Indian journal of veterinary science and animal husbandry - Volume 5,
Year: 1935
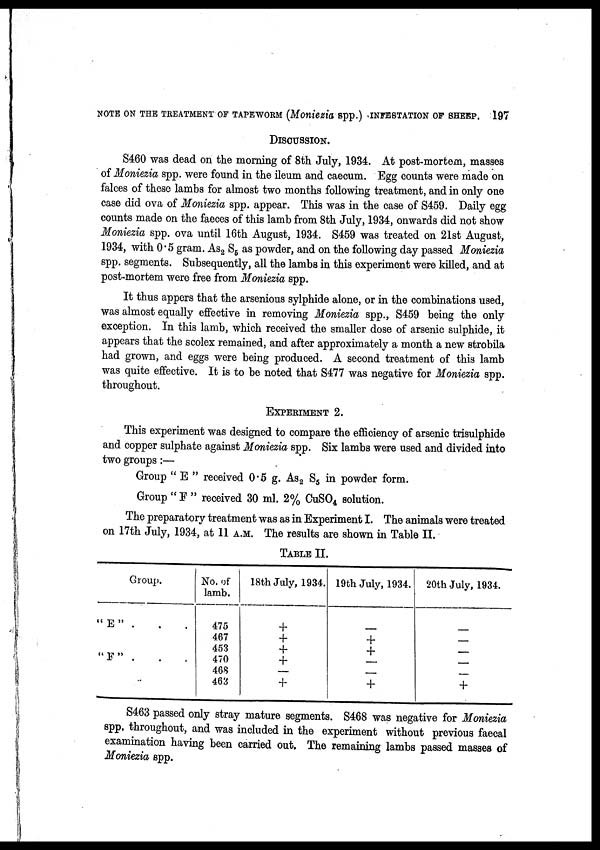
NOTE ON THE TREATMENT OF TAPEWORM (Moniezia spp.)INFESTATION OF SHEEP. 197
DISCUSSION.
S460 was dead on the morning of 8th July, 1934. At post-mortem, masses
of Moniezia spp. were found in the ileum and caecum. Egg counts were made on
falces of these lambs for almost two months following treatment, and in only one
case did ova of Moniezia spp. appear. This was in the case of S459. Daily egg
counts made on the faeces of this lamb from 8th July, 1934, onwards did not show
Moniezia spp. ova until 16th August, 1934. S459 was treated on 21st August,
1934, with 0.5 gram. As 2 S 5 as powder, and on the following day passed Moniezia
spp. segments. Subsequently, all the lambs in this experiment were killed, and at
post-mortem were free from Moniezia spp.
It thus appers that the arsenious sylphide alone, or in the combinations used,
was almost equally effective in removing Moniezia spp., S459 being the only
exception. In this lamb, which received the smaller dose of arsenic sulphide, it
appears that the scolex remained, and after approximately a month a new strobila
had grown, and eggs were being produced. A second treatment of this lamb
was quite effective. It is to be noted that S477 was negative for Moniezia spp.
throughout.
EXPERIMENT 2.
This experiment was designed to compare the efficiency of arsenic trisulphide
and copper sulphate against Moniezia spp. Six lambs were used and divided into
two groups:—
Group " E " received 0.5 g. As 2 S 5 in powder form.
Group " F " received 30 ml. 2% CuSO 4 solution.
The preparatory treatment was as in Experiment I. The animals were treated
on 17th July, 1934, at 11 A.M. The results are shown in Table II.
TABLE II.
Group.
" E " . . .
" F "
.
.
.
No. of
lamb.
475
467
453
470
468
463
18th July, 1934.
+
+
+
+
—
+
19th July, 1934.
—
+
+
—
—
+
20th July, 1934.
—
—
—
—
—
+
S463 passed only stray mature segments. S468 was negative for Moniezia
spp. throughout, and was included in the experiment without previous faecal
examination having been carried out. The remaining lambs passed masses of
Moniezia spp.